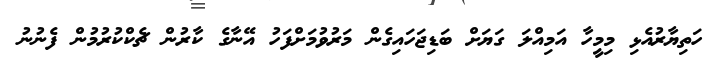
ހަތިޔާރުއެޅި މިމީހާ އަމިއްލަ ގަޔަށް ބަޑިޖަހައިގެން މަރުވުމަށްފަހު އޭނާގެ ކާރުން ޗެކްކުރުމުން ފެނުނު